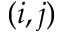
( i , j )